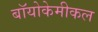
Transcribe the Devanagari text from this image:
बॉयोकेमीकल